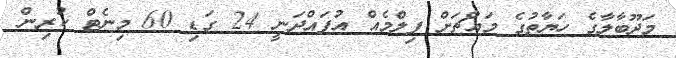
މަދޫބާލާގެ ހަޔާތުގެ މައްޗަށް ފިލްމެއް އުފައްދަނީ 24 ގަޑި 60 މިނެޓް ކުރިން